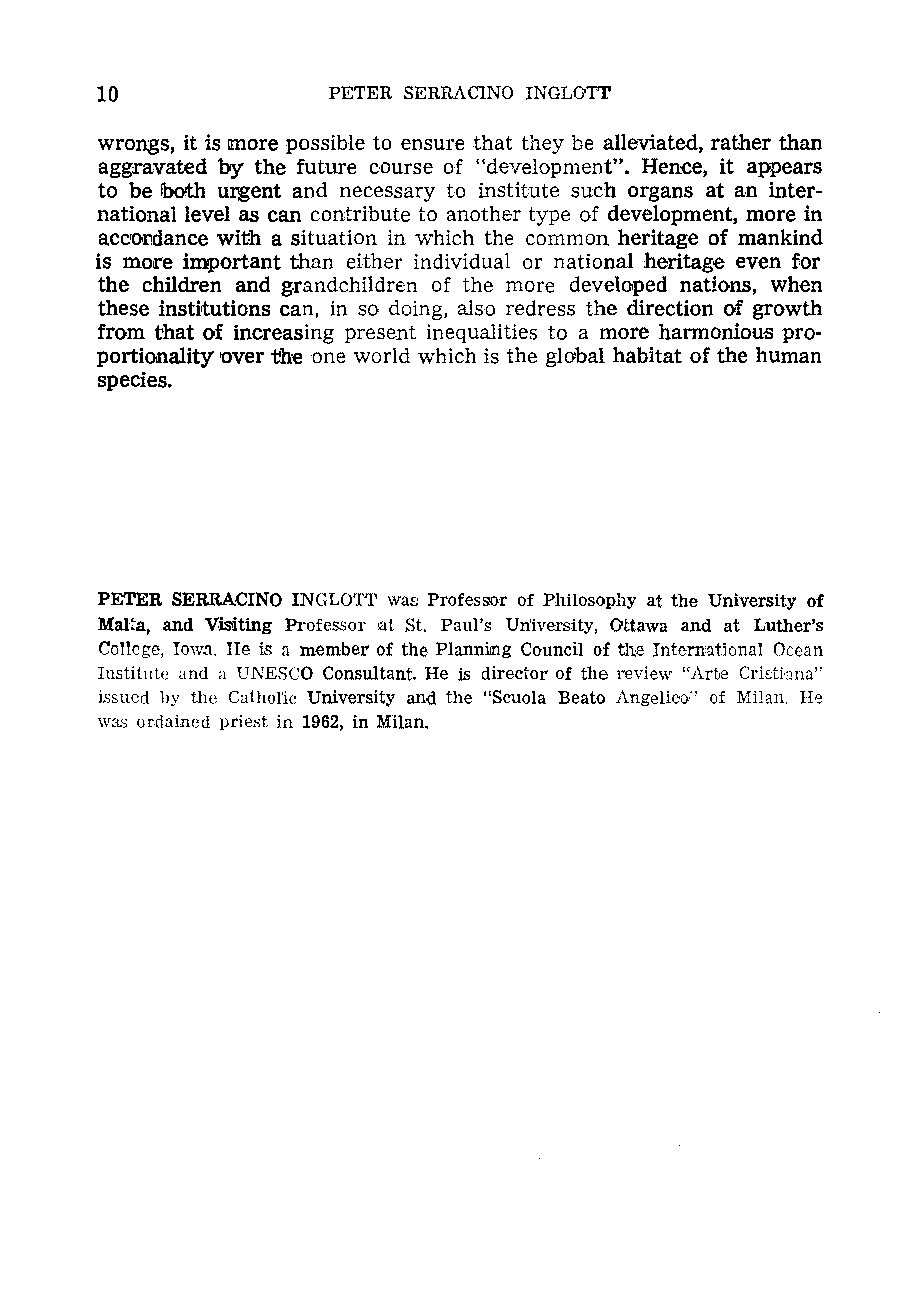
10              PETER SERRACINO INGLOrr
 wrongs, it is more possible to ensure that they be alleviated, rather than
 aggravated by the future oourse of "development". Hence, it appears
 to be Iboth uJ:lgent and necessary to institute such organs at an inter
 national level as can contribute to another type of development, more in
 accordance with a situation in which the common heritage of mankind
 is more important than either individual or national heritage even ror
 the children and g.randchildren of the more developed nations, when
 these institutions can, in so doing, als'o redress the direction of growth
 from that of increasing present inequalities to a more harmonious pro
 portionality over the one world which is the global habitat of the human
 species.
 PETER SERRACINO INGLOTT was ProfesS'o,r of Philosophy at the University of
 Mal~a, and Visiting Professor tat St, Paul's Un'iversity, Ottawa and at Luther's
 College, Iowa, He is a member of the Plannilll,g Council of the International OC.ean
 Institute and a UNESCO Consultant. He is director of the review "Arte Crif;U,ana"
 issued by the Cathoric University and the "Scuola Beato Angeliro" of MHan, He
 was ordaimed priest in 1962, in Milan.